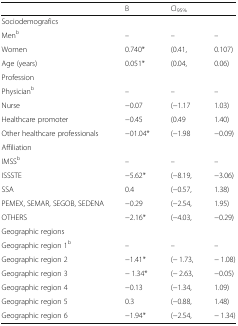
<table><thead><tr><td></td><td><b>Β</b></td><td colspan="2"><b>CI<sub>95%</sub></b></td></tr></thead><tbody><tr><td colspan="4">Sociodemografics</td></tr><tr><td>Men<sup>b</sup></td><td>–</td><td>–</td><td>–</td></tr><tr><td>Women</td><td>0.740*</td><td>(0.41,</td><td>0.107)</td></tr><tr><td>Age (years)</td><td>0.051*</td><td>(0.04,</td><td>0.06)</td></tr><tr><td colspan="4">Profession</td></tr><tr><td>Physician<sup>b</sup></td><td>–</td><td>–</td><td>–</td></tr><tr><td>Nurse</td><td>−0.07</td><td>(−1.17</td><td>1.03)</td></tr><tr><td>Healthcare promoter</td><td>−0.45</td><td>(0.49</td><td>1.40)</td></tr><tr><td>Other healthcare professionals</td><td>−01.04*</td><td>(−1.98</td><td>−0.09)</td></tr><tr><td colspan="4">Affiliation</td></tr><tr><td>IMSS<sup>b</sup></td><td>–</td><td>–</td><td>–</td></tr><tr><td>ISSSTE</td><td>−5.62*</td><td>(−8.19,</td><td>−3.06)</td></tr><tr><td>SSA</td><td>0.4</td><td>(−0.57,</td><td>1.38)</td></tr><tr><td>PEMEX, SEMAR, SEGOB, SEDENA</td><td>−0.29</td><td>(−2.54,</td><td>1.95)</td></tr><tr><td>OTHERS</td><td>−2.16*</td><td>(−4.03,</td><td>−0.29)</td></tr><tr><td colspan="4">Geographic regions</td></tr><tr><td>Geographic region 1<sup>b</sup></td><td>–</td><td>–</td><td>–</td></tr><tr><td>Geographic region 2</td><td>−1.41*</td><td>(− 1.73,</td><td>− 1.08)</td></tr><tr><td>Geographic region 3</td><td>− 1.34*</td><td>(− 2.63,</td><td>−0.05)</td></tr><tr><td>Geographic region 4</td><td>−0.13</td><td>(−1.34,</td><td>1.09)</td></tr><tr><td>Geographic region 5</td><td>0.3</td><td>(−0.88,</td><td>1.48)</td></tr><tr><td>Geographic region 6</td><td>−1.94*</td><td>(−2.54,</td><td>− 1.34)</td></tr></tbody></table>